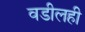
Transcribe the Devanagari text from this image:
वडीलही